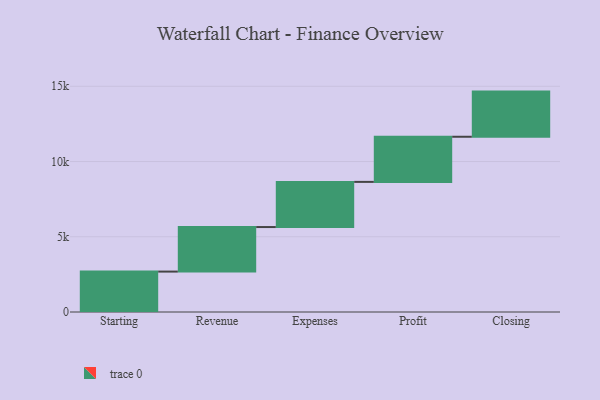
{"axis": {"x": "Step", "y": "Value"}, "legend": [""], "data": [{"x": "Starting", "y": 2685.0, "type": ""}, {"x": "Revenue", "y": 2961.0, "type": ""}, {"x": "Expenses", "y": 3000, "type": ""}, {"x": "Profit", "y": 3000, "type": ""}, {"x": "Closing", "y": 3000, "type": ""}]}